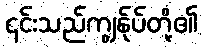
၎င်းသည်ကျွန်ုပ်တို့၏